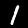
Label: 1